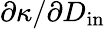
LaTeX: \partial\kappa/\partial D_{\mathrm{in}}